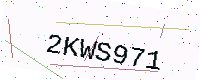
Text: 2KWS971